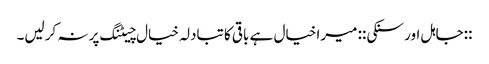
::جاہل اور سنکی:: میرا خیال ہے باقی کا تبادلہ خیال چیٹنگ پر نہ کرلیں۔